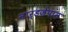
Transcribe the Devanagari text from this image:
नार्डजेपाम